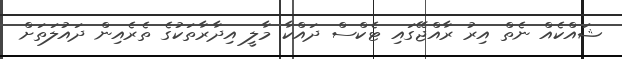
ޝައްކެއް ނެތް އިރު ރާއްޖޭގައި ޓެކްސް ދައްކާ މާލީ އިދާރާތަކުގެ ތެރެއިން ދައުލަތަަށް